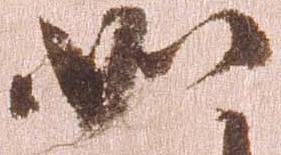
如